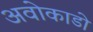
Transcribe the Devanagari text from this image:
अवोकाडो